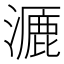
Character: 𪷝